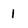
Character: 1